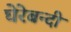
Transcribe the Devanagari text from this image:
घेरेबन्दी